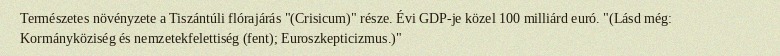
Természetes növényzete a Tiszántúli flórajárás "(Crisicum)" része. Évi GDP-je közel 100 milliárd euró. "(Lásd még: Kormányköziség és nemzetekfelettiség (fent); Euroszkepticizmus.)"